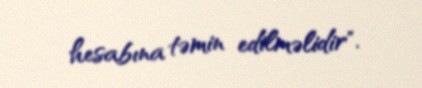
hesabına təmin edilməlidir".